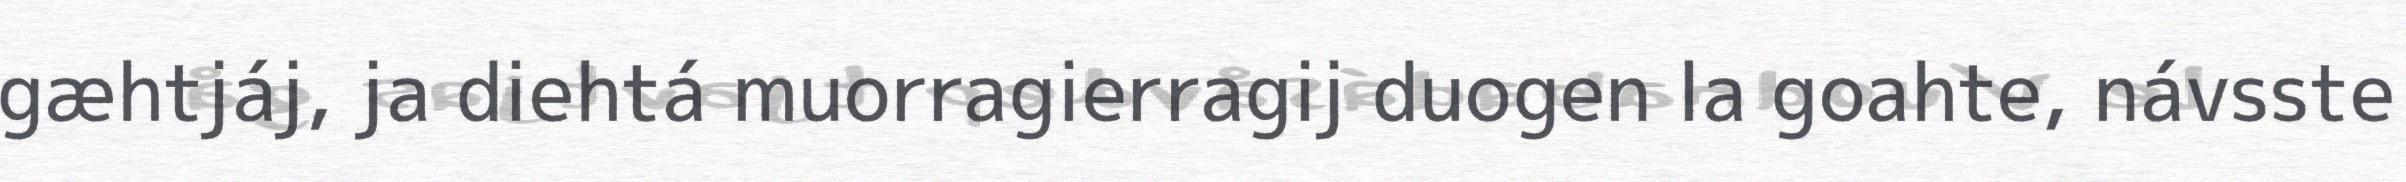
gæhtjáj, ja diehtá muorragierragij duogen la goahte, návsste